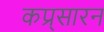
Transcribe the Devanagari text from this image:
कप्र्सारन